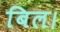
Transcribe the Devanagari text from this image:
बिल।